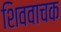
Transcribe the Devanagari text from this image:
शिववाचक